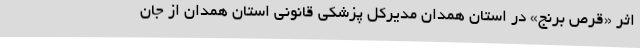
اثر «قرص برنج» در استان همدان مدیرکل پزشکی قانونی استان همدان از جان